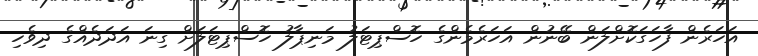
އަހަރެން ފާހަގަކޮށްލަން ބޭނުން އަހަރެމެންގެ ހޮސްޕިޓަލު މަނިޕާލު ހޮސްޕިޓަލަށް ގިނަ އަދަދެއްގެ ދިވެހި